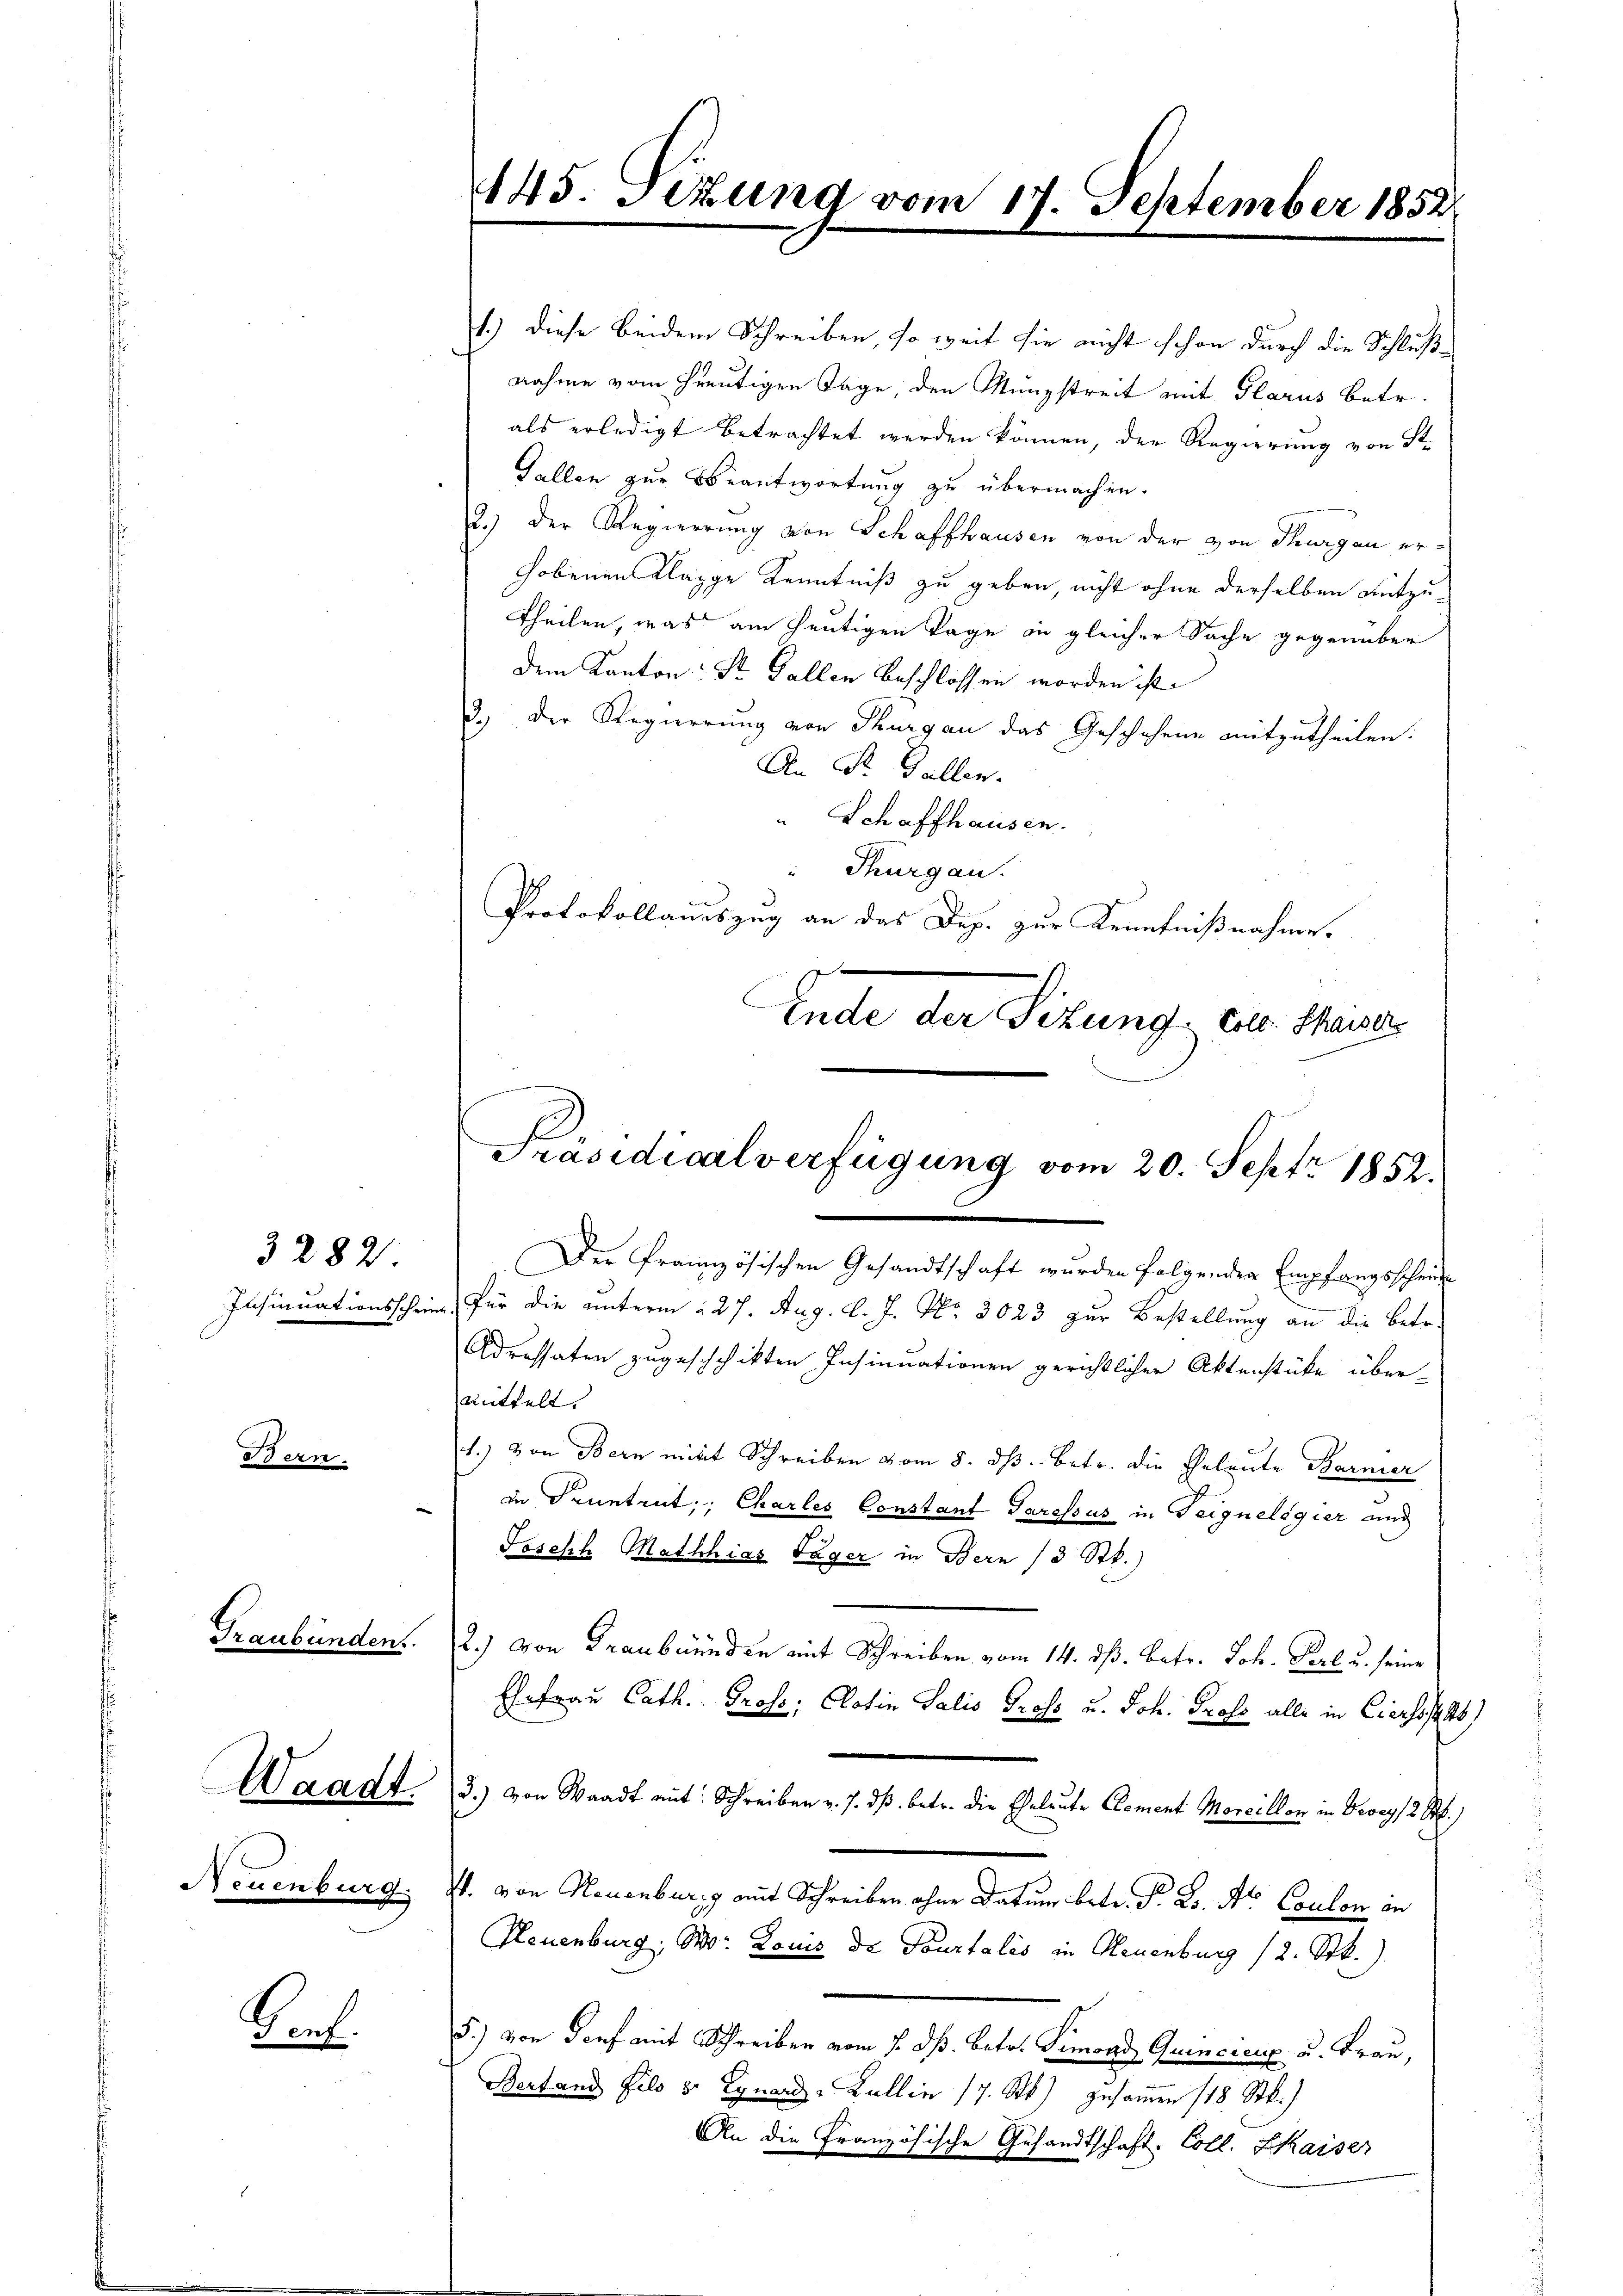
3282.

Bern.

Graubünden.

Waadt.

Neuenburg.

Biel

445. Sizung vom 17. September 1852

1.) Diese beidem Schreiben, so weit sie nicht schon durch die Schluß-
nahme vom heutigen Tage, den Münzstreit mit Glarus betr.
als erledigt betrachtet werden können, der Regierung von St.
Gallen zur Beantwortung zu übermachen.
2.) Der Regierung von Schaffhausen von der von Thurgau erhobenen Klagge Kenntniß zu geben, nicht ohne derselben entzutheilen, was am heutigen Tage in gleicher Sache gegenüber
dem Kanton: St. Gallen beschlossen worden ist.
2.) Der Regierung von Thurgau das Geschehene mitzutheilen:
An St. Gallen.
" Schaffhausen.
 Thurgau.
Protokollauszug an das Dep. zur Kenntnißnahme.
Ende der Sizung ein Schaue

Präsidicalverfügung vom 20. Sept. 1852.

Der französischen Gesandtschaft wurden folgenden Empfangsscheine
Insinuationsschwer, für die unterm 27. Aug. l. J. Nr. 3023 zur Bestellung an die Betre
Adressaten zugeschchikten Insinuationen gerichtlicher Aktenstücke über-
mittelt.
1.) von Bern mit Schreiben vom 8. ds. betr. die Geleute Barmer
in Sonntrut;, Charles Constant Parsssus in Teigneligier and
Joseph Mathias Tager in Bern (3 Stk.)
2.) von Graubünden mit Schreiben vom 14. dß. betr. Joh. Perl. u. seine
Ehefrau Cath. Gross. Clotin Salis Gross u. Joh. Profe alle in Cierhof
3.) von Waadt mit Schreiben v. J. dß. betr. die Eheleute Clement Morcillon in Georg 12. M.)
. von Neuenburg mit Schreiben ohne Datum betr. P. R. Nr. Coulon an
Neuenburg, Mo. Louis de Tourtalis in Neuenburg 12. Stk.).
5.) von Dorf mit Schreiben vom 1. ds. betr. Simond Quincicrix u. Frau,
Bertands fils 3 Egnard, Lullin 17. Stk.) zusammen 118 Stk.)
An die Französische Gesandtschaft. Coll. Kaiser